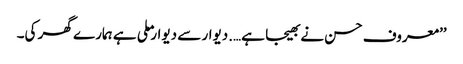
’’معروف حسن نے بھیجا ہے….دیوار سے دیوار ملی ہے ہمارے گھر کی۔